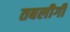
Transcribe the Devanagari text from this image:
तबलीगी